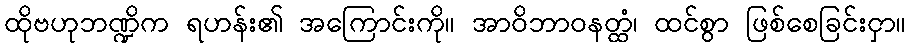
ထိုဗဟုဘဏ္ဍိက ရဟန်း၏ အကြောင်းကို။ အာဝိဘာဝနတ္ထံ၊ ထင်စွာ ဖြစ်စေခြင်းငှာ။